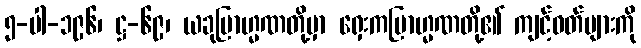
၅-ပါ-၁၉၆၊ ဋ္ဌ-၆၉၊ ယခုဗြာဟ္မဏတို့မှာ ရှေးကဗြာဟ္မဏတို့၏ ကျင့်ဝတ်များကို